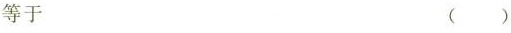
等于 ()